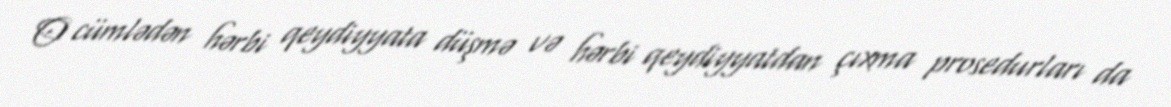
O cümlədən hərbi qeydiyyata düşmə və hərbi qeydiyyatdan çıxma prosedurları da